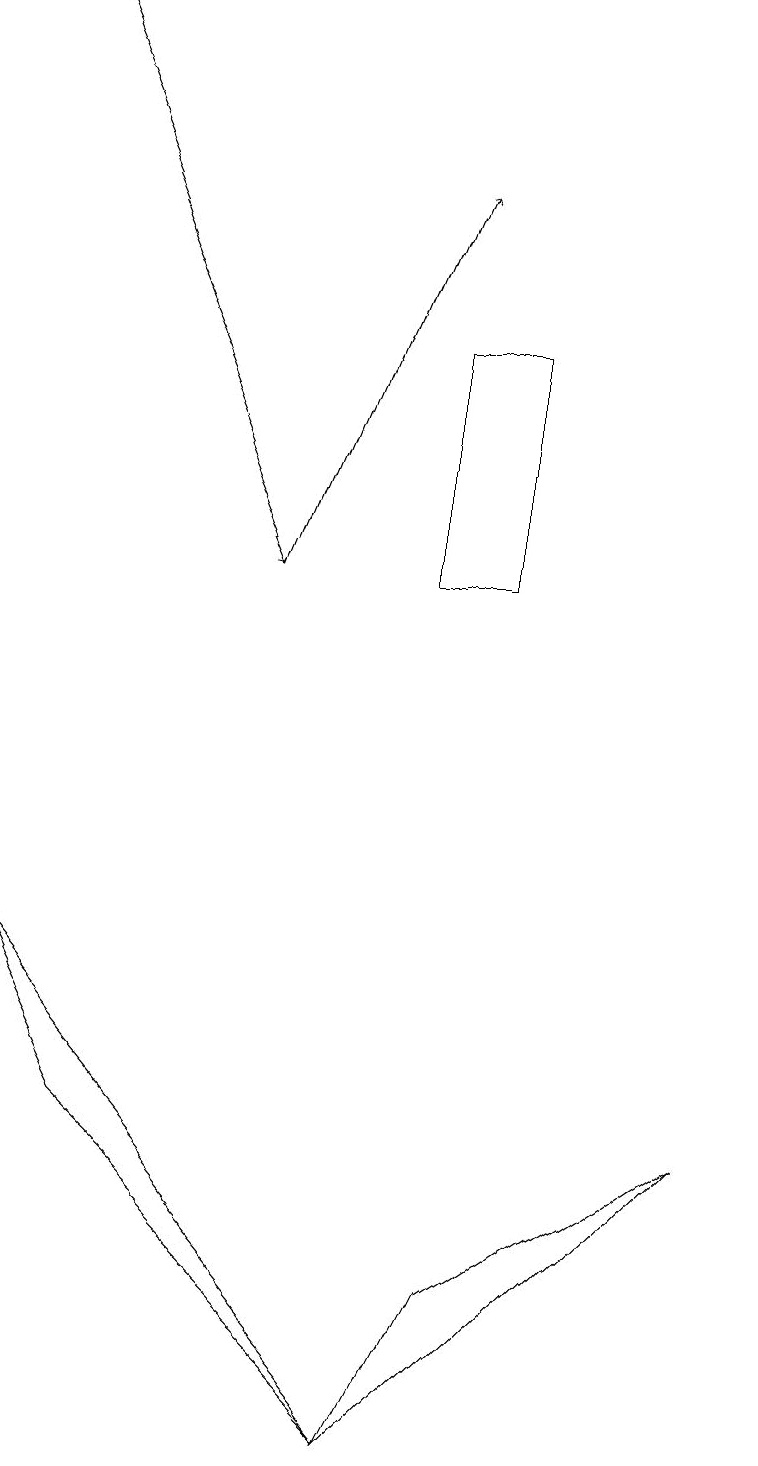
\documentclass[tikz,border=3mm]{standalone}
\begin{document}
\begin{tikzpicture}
\draw (9,5) -- (5,1) -- (6,3) -- cycle;
\draw (5,1) -- (0,7) -- (1,5) -- cycle;
\draw[->] (3,12) -- (5,17);
\draw[->] (0,19) -- (3,12);
\draw (5,12) rectangle (6,15);
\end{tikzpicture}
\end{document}